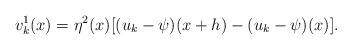
LaTeX: \begin{align*}v^1_k(x) = \eta^2(x) [(u_k - \psi)(x + h) - (u_k - \psi)(x)].\end{align*}